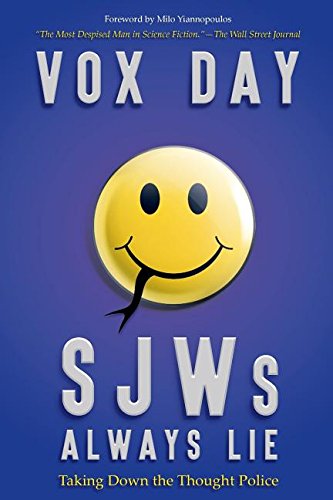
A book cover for SJWs Always Lie: Taking Down the Thought Police; Vox Day; Politics & Social Sciences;